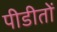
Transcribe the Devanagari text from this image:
पीडीतों